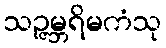
သဉ္ဇမ္ဘရိမကံသု